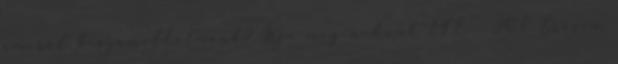
amiről beszámolhatnánk? Írja meg nekünk 14°C 20°C Erősen